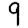
Digit: 9